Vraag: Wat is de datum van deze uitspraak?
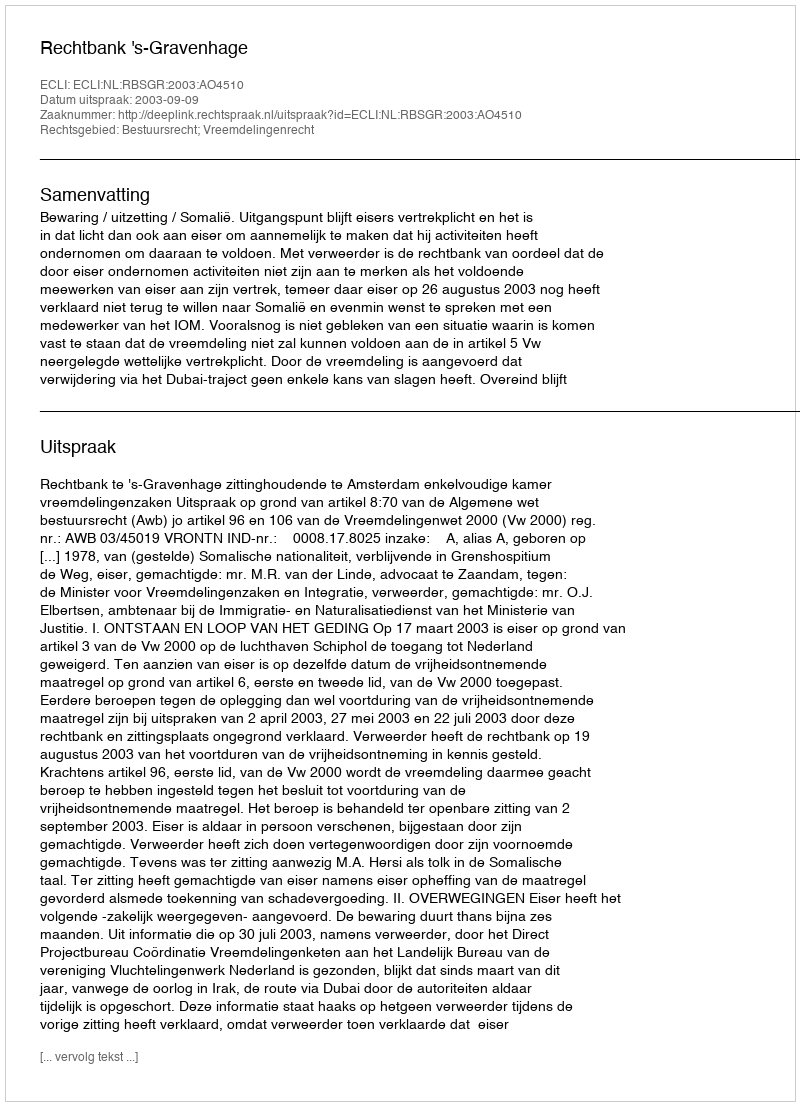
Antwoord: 2003-09-09